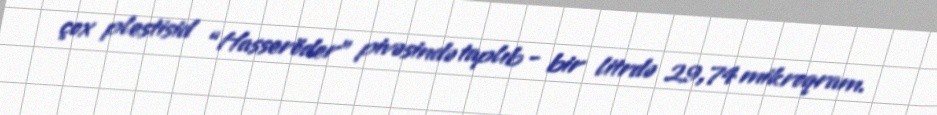
çox plestisid “Hasseröder” pivəsində taplıb - bir litrdə 29,74 mikroqram.